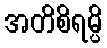
အတိစိရမ္ပိ